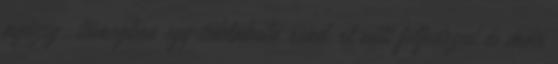
nyüzsgı tömegben egy tébláboló rendırt vélt felfedezni és már